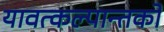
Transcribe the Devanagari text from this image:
यावत्कल्पान्तको